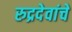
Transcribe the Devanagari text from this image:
रुद्रदेवांचे